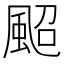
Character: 䫿